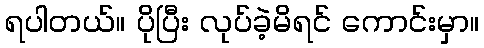
ရပါတယ်။ ပိုပြီး လုပ်ခဲ့မိရင် ကောင်းမှာ။